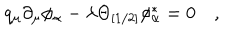
q _ { \mu } \partial _ { \mu } \phi _ { \alpha } - \lambda \Theta _ { [ 1 / 2 ] } \phi _ { \alpha } ^ { \ast } = 0 \quad ,